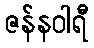
ဇန်နဝါရီ